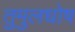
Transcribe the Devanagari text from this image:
तुमुलधोष